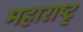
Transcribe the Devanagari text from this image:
महाराष्टृ